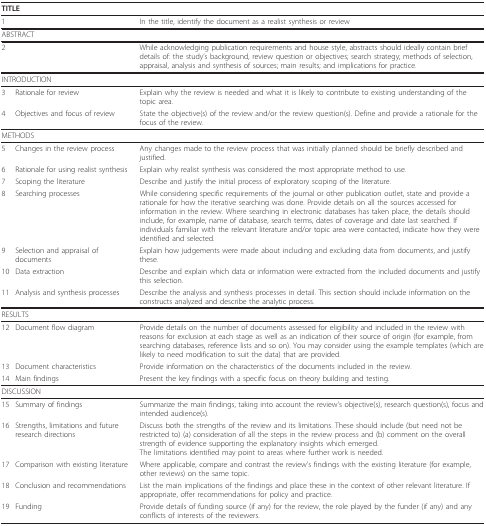
| <COLSPAN=3> TITLE |
 | --- | --- | --- |
 | 1 |  | In the title, identify the document as a realist synthesis or review |
 | <COLSPAN=3> ABSTRACT |
 | 2 |  | While acknowledging publication requirements and house style, abstracts should ideally contain brief details of: the study's background, review question or objectives; search strategy; methods of selection, appraisal, analysis and synthesis of sources; main results; and implications for practice. |
 | <COLSPAN=3> INTRODUCTION |
 | 3 | Rationale for review | Explain why the review is needed and what it is likely to contribute to existing understanding of the topic area. |
 | 4 | Objectives and focus of review | State the objective(s) of the review and/or the review question(s). Define and provide a rationale for the focus of the review. |
 | <COLSPAN=3> METHODS |
 | 5 | Changes in the review process | Any changes made to the review process that was initially planned should be briefly described and justified. |
 | 6 | Rationale for using realist synthesis | Explain why realist synthesis was considered the most appropriate method to use. |
 | 7 | Scoping the literature | Describe and justify the initial process of exploratory scoping of the literature. |
 | 8 | Searching processes | While considering specific requirements of the journal or other publication outlet, state and provide a rationale for how the iterative searching was done. Provide details on all the sources accessed for information in the review. Where searching in electronic databases has taken place, the details should include, for example, name of database, search terms, dates of coverage and date last searched. If individuals familiar with the relevant literature and/or topic area were contacted, indicate how they were identified and selected. |
 | 9 | Selection and appraisal of documents | Explain how judgements were made about including and excluding data from documents, and justify these. |
 | 10 | Data extraction | Describe and explain which data or information were extracted from the included documents and justify this selection. |
 | 11 | Analysis and synthesis processes | Describe the analysis and synthesis processes in detail. This section should include information on the constructs analyzed and describe the analytic process. |
 | <COLSPAN=3> RESULTS |
 | 12 | Document flow diagram | Provide details on the number of documents assessed for eligibility and included in the review with reasons for exclusion at each stage as well as an indication of their source of origin (for example, from searching databases, reference lists and so on). You may consider using the example templates (which are likely to need modification to suit the data) that are provided. |
 | 13 | Document characteristics | Provide information on the characteristics of the documents included in the review. |
 | 14 | Main findings | Present the key findings with a specific focus on theory building and testing. |
 | <COLSPAN=3> DISCUSSION |
 | 15 | Summary of findings | Summarize the main findings, taking into account the review's objective(s), research question(s), focus and intended audience(s). |
 | 16 | Strengths, limitations and future research directions | Discuss both the strengths of the review and its limitations. These should include (but need not be restricted to) (a) consideration of all the steps in the review process and (b) comment on the overall strength of evidence supporting the explanatory insights which emerged.The limitations identified may point to areas where further work is needed. |
 | 17 | Comparison with existing literature | Where applicable, compare and contrast the review's findings with the existing literature (for example, other reviews) on the same topic. |
 | 18 | Conclusion and recommendations | List the main implications of the findings and place these in the context of other relevant literature. If appropriate, offer recommendations for policy and practice. |
 | 19 | Funding | Provide details of funding source (if any) for the review, the role played by the funder (if any) and any conflicts of interests of the reviewers. |